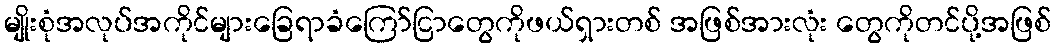
မျိုးစုံအလုပ်အကိုင်များခြေရာခံကြော်ငြာတွေကိုဖယ်ရှားတစ် အဖြစ်အားလုံး တွေကိုတင်ပို့အဖြစ်